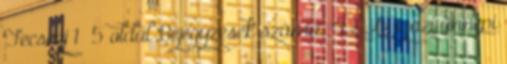
Fecsegj 1 5 oldal Bejegyzések száma: 42 Az igazi ünnepi